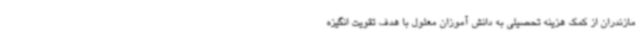
مازندران از کمک هزینه تحصیلی به دانش آموزان معلول با هدف تقویت انگیزه